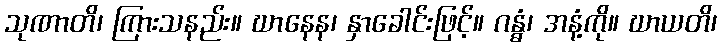
သုဏာတိ၊ ကြားသနည်း။ ဃာနေန၊ နှာခေါင်းဖြင့်။ ဂန္ဓံ၊ အနံ့ကို။ ဃာယတိ၊